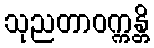
သုညတာဝက္ကန္တိ